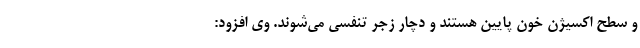
و سطح اکسیژن خون پایین هستند و دچار زجر تنفسی می‌شوند. وی افزود: